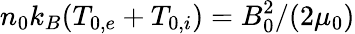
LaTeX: {n_{0}k_{B}(T_{0,e}+T_{0,i})=B_{0}^{2}/(2\mu_{0})}